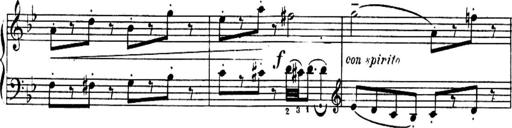
Title: Sonatines
Composer: Hedwige ChrÃ©tien